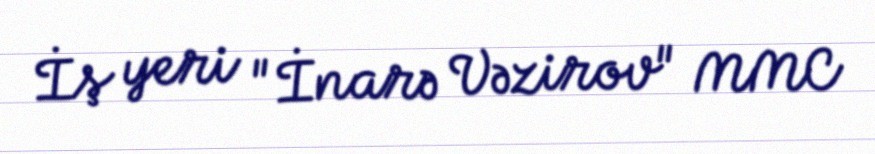
İş yeri "İnarə Vəzirov" MMC